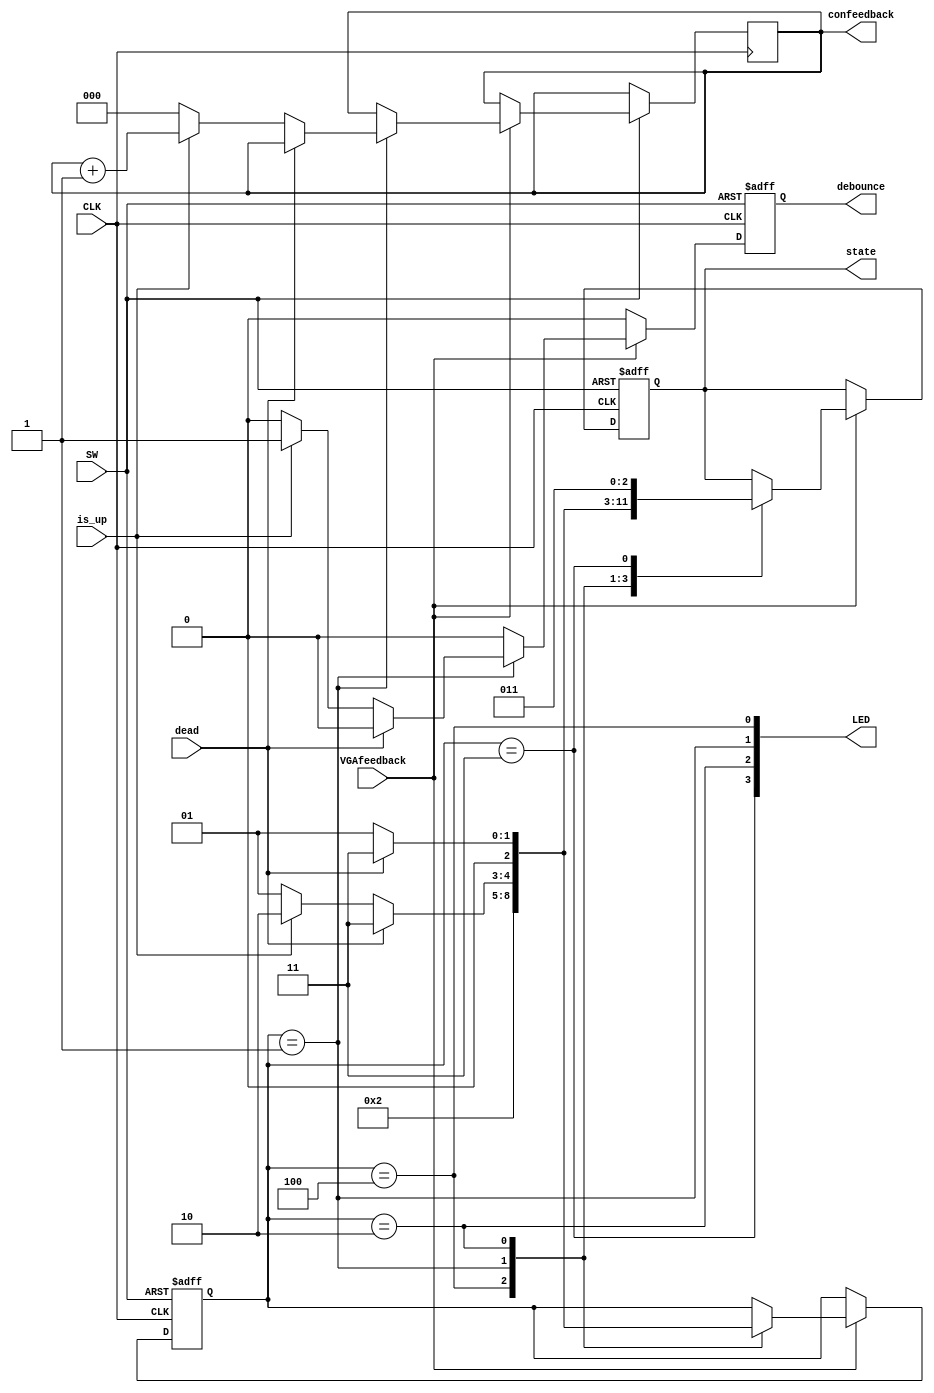
/**/
`timescale 1ns / 1ps

module controller(
    input CLK,//
    input SW,//
    input dead,//
    input is_up,//
    input VGAfeedback,//VGA
    output reg debounce,//
    output reg [2:0] state,//
    output reg [2:0]confeedback,//
    output [3:0] LED
    );

parameter the_begin=3'b100 ;//
parameter bird_down =3'b001 ;//
parameter bird_up =3'b010 ;//
parameter bird_dead =3'b011 ;//

reg [2:0] cur=the_begin;

assign LED[0]=(cur==the_begin);
assign LED[1]=(cur==bird_down);
assign LED[2]=(cur==bird_up);
assign LED[3]=(cur==bird_dead);



always @(posedge CLK or negedge SW) begin
    debounce<=0;
    if(SW==0) begin
        cur<=the_begin;
        state<=the_begin;
    end
    else begin
        if(VGAfeedback) begin
            case (cur)
            the_begin:begin
                cur<=bird_down;
                state<=bird_down;
            end
            bird_down:begin
                if(dead) begin
                    cur<=bird_dead;
                    state<=bird_dead;
                end
                else begin
                    if(is_up) begin
                        confeedback<=confeedback+1;
                        cur<=bird_up;
                        state<=bird_up;
                        debounce<=1'b1;
                    end
                    else begin
                        confeedback<=0;
                        cur<=bird_down;
                        state<=bird_down;
                    end
                end
            end
            bird_up:begin
                if(dead) begin
                    cur<=bird_dead;
                    state<=bird_dead;
                end
                else begin
                    cur<=bird_down;
                    state<=bird_down;
                end
            end
            bird_dead:begin
                state<=bird_dead;
            end
        endcase
        end
    end
end
endmodule